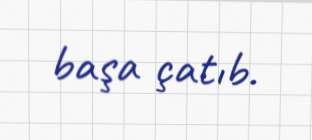
başa çatıb.